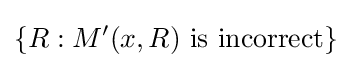
\{R:M{'}(x,R){\text{ is incorrect}}\}